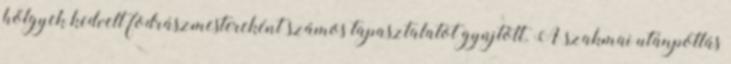
hölgyek kedvelt fodrászmestereként számos tapasztalatot gyûjtött. A szakmai utánpótlás